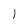
Character: 1